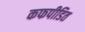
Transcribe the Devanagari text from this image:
कफपीडित